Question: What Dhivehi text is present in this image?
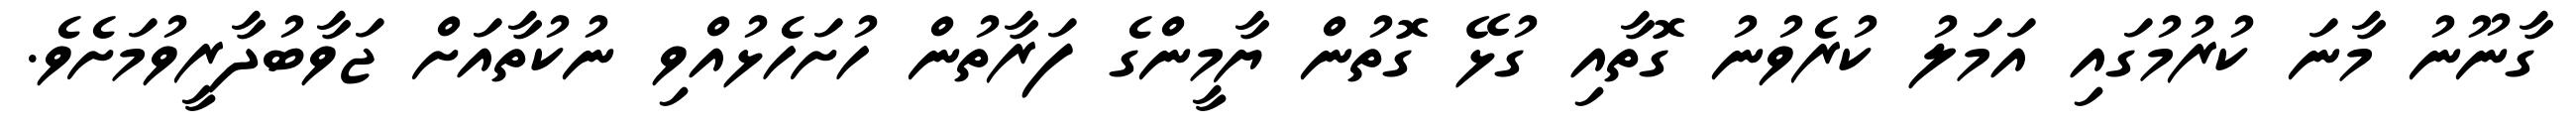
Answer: ގާނޫނު މާނަ ކުރުމުގައި އަމަލު ކުރެވުނު ގޮތާއި ގުޅޭ ގޮތުން ޔާމީންގެ ފަރާތުން ހުށަހެޅުއްވި ނުކުތާއަށް ޖަވާބުދާރީވުމަށެވެ.